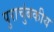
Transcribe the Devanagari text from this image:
पुराचुंबकीय